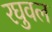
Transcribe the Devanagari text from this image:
रघुवल